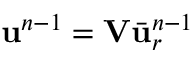
\ensuremath { \mathbf { u } } ^ { n - 1 } = \mathbf { V } \bar { \ensuremath { \mathbf { u } } } _ { r } ^ { n - 1 }